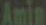
Amin